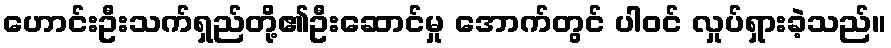
ဟောင်းဦးသက်ရှည်တို့၏ဦးဆောင်မှု အောက်တွင် ပါဝင် လှုပ်ရှားခဲ့သည်။